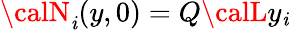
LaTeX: {\calN}_{\mathit{i}}(y,0)=Q{\calL}y_{\mathit{i}}